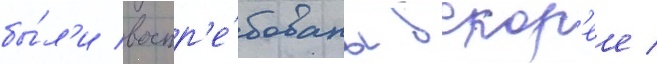
бы́л'и востр'е́бованы вскор'ее /